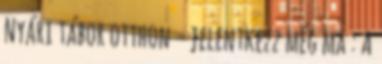
Nyári tábor otthon - jelentkezz még ma : A